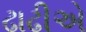
ઢાઢીએ